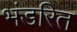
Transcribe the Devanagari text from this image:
भंडरित